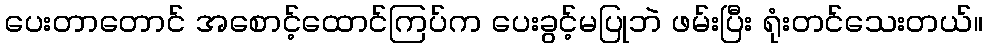
ပေးတာတောင် အစောင့်ထောင်ကြပ်က ပေးခွင့်မပြုဘဲ ဖမ်းပြီး ရုံးတင်သေးတယ်။